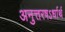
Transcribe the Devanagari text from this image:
अनुत्तरषऽर्धार्थ